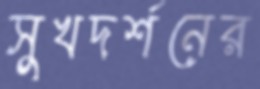
সুখদর্শনের